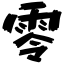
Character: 零